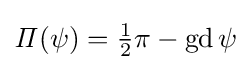
{\mathit {\Pi }}(\psi )={\tfrac {1}{2}}\pi -\operatorname {gd} \psi